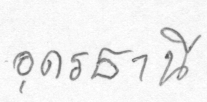
อุดรธานี